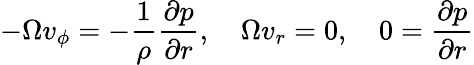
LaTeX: -\Omega v_{\phi}=-\frac{1}{\rho}\frac{\partial p}{\partial r},\quad\Omega v_{r}=0,\quad 0=\frac{\partial p}{\partial r}